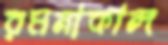
রমনাকান্দ